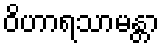
ဝိဟာရသာမန္တာ